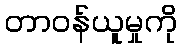
တာဝန်ယူမှုကို